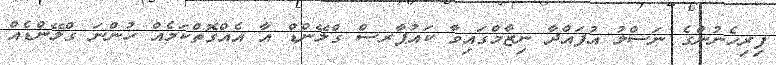
ފިރިހެނުންގެ ނަސްލު އުފައްދާ ނިޒާމްގައިވާ ކައުޕާރސް ގްލޭންޑް އާ އެއްގޮތްކަމެއް ހުންނަ ގްލޭންޑެއް